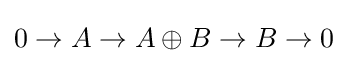
0\to A\to A\oplus B\to B\to 0